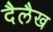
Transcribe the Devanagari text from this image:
दैलैख